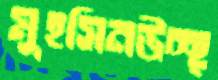
মুহসিনউচ্ছ্